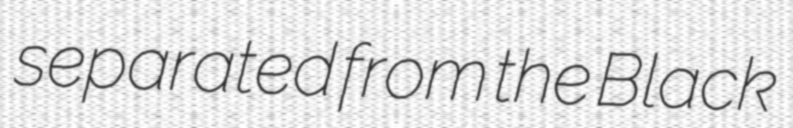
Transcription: separated from the Black